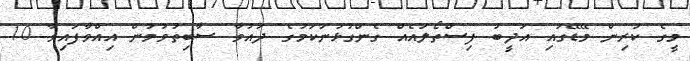
މީގެ ކުރިން މޭޑޭގައި އަދީބު ފިސްތޯލައެއް ގެންގުޅުނުކަމުގެ ދައުވާ ސާބިތުވުމުން އިއްވާފައިވާ 10